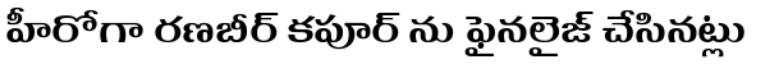
హీరోగా రణబీర్ కపూర్ ను ఫైనలైజ్ చేసినట్లు